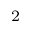
_ 2